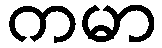
ကမာ